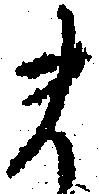
ま